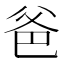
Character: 爸